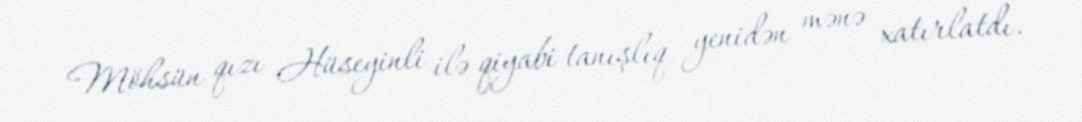
Möhsün qızı Hüseyinli ilə qiyabi tanışlıq yenidən mənə xatırlatdı.